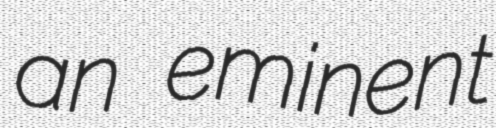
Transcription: an eminent